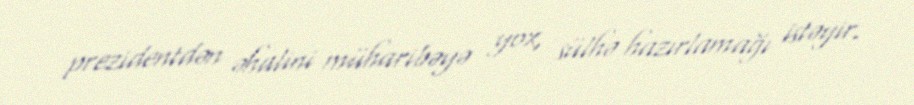
prezidentdən əhalini müharibəyə yox, sülhə hazırlamağı istəyir.